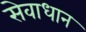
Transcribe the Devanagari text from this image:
सेवाधान